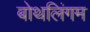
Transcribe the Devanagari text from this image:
बोथलिंगम